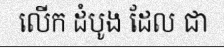
លើក ដំបូង ដែល ជា